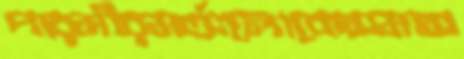
পারমীরমর্ত্যলোকেসমাস